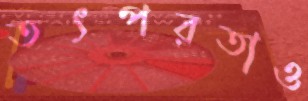
তৎপরতাও